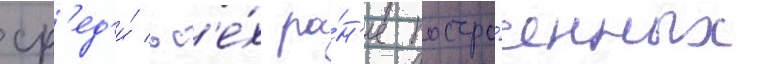
ср'ед'и́ вс'е́х ра́н'ее постро́енных